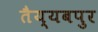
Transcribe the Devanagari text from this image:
तैय्यबपुर